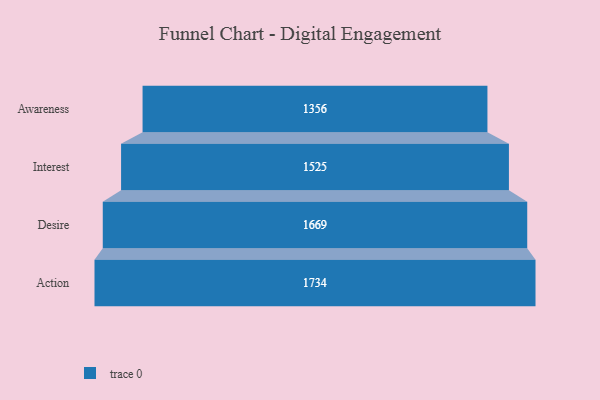
{"axis": {"x": "Stage", "y": "Value"}, "legend": [""], "data": [{"x": "Awareness", "y": 1356.0, "type": ""}, {"x": "Interest", "y": 1525.0, "type": ""}, {"x": "Desire", "y": 1669.0, "type": ""}, {"x": "Action", "y": 1734.0, "type": ""}]}